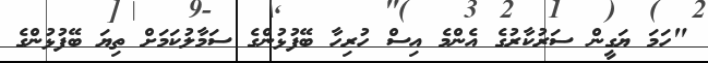
"ހަމަ ޔަގީން ސަރުކާރުގެ އެންމެ އިސް ހުރިހާ ބޭފުޅުންގެ ސަމާލުކަމަށް ތިޔަ ބޭފުޅުންގެ